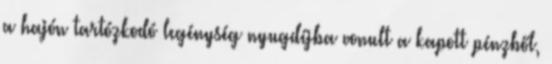
a hajón tartózkodó legénység nyugdíjba vonult a kapott pénzből,